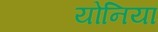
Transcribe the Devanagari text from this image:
योनियां